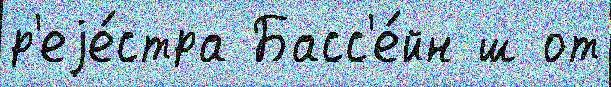
р'еjе́стра Басс'е́йн ш от